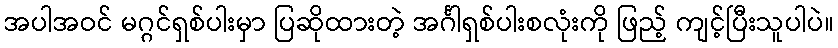
အပါအဝင် မဂ္ဂင်ရှစ်ပါးမှာ ပြဆိုထားတဲ့ အင်္ဂါရှစ်ပါးစလုံးကို ဖြည့် ကျင့်ပြီးသူပါပဲ။